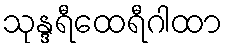
သုန္ဒရီထေရီဂါထာ